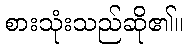
စားသုံးသည်ဆို၏။